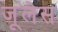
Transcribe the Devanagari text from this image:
जूलेस